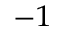
^ { - 1 }